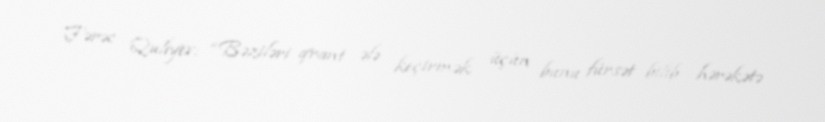
Fərəc Quliyev: “Bəziləri qrant ələ keçirmək üçün bunu fürsət bilib hərəkətə